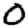
Digit: 0